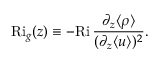
\mathrm { R i } _ { g } ( z ) \equiv - \mathrm { R i } \, \frac { \partial _ { z } \langle \rho \rangle } { ( \partial _ { z } \langle u \rangle ) ^ { 2 } } .